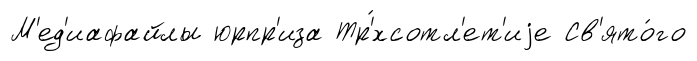
М'ед'иафайлы юрпр'иза Тр'́хсотл'ет'иjе Св'ято́го